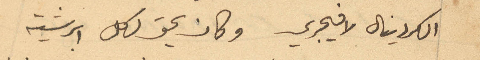
الكردينال لافيجري وكان يحق لكل ابرشية